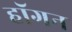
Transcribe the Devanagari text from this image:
हाॅगन